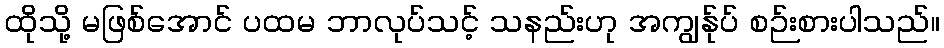
ထိုသို့ မဖြစ်အောင် ပထမ ဘာလုပ်သင့် သနည်းဟု အကျွန်ုပ် စဉ်းစားပါသည်။